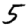
Digit: 5